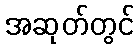
အဆုတ်တွင်